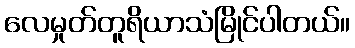
လေမှုတ်တူရိယာသံမြိုင်ပါတယ်။